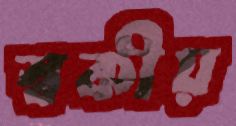
স্বকীয়